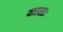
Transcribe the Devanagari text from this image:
काळः